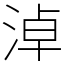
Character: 淖